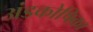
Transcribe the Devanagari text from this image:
अंडकोषिका